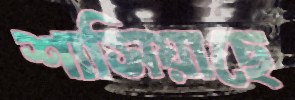
শাসিয়াছে